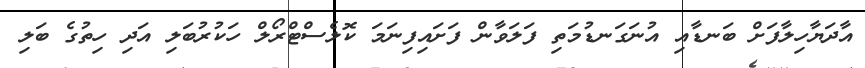
އާދަޔާހިލާފަށް ބަނޑާއި އުނަގަނޑުމަތި ފަލަވާން ފަށައިފިނަމަ ކޮލެސްޓްރޯލް ހަކުރުބަލި އަދި ހިތުގެ ބަލި